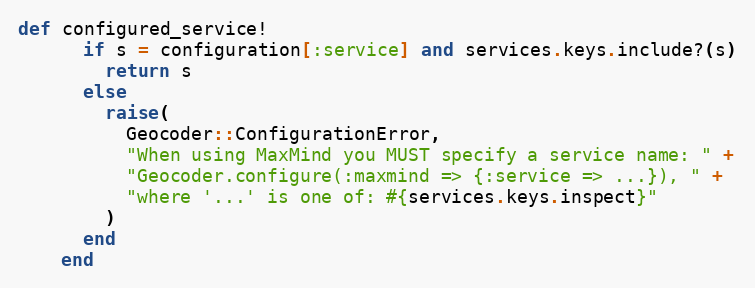
Language: Ruby
def configured_service!
      if s = configuration[:service] and services.keys.include?(s)
        return s
      else
        raise(
          Geocoder::ConfigurationError,
          "When using MaxMind you MUST specify a service name: " +
          "Geocoder.configure(:maxmind => {:service => ...}), " +
          "where '...' is one of: #{services.keys.inspect}"
        )
      end
    end